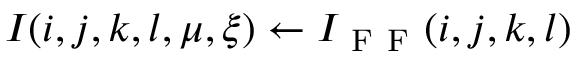
I ( i , j , k , l , \mu , \xi ) \leftarrow I _ { \mathrm { ~ F ~ F ~ } } ( i , j , k , l )